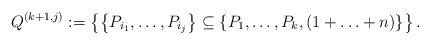
LaTeX: \begin{align*} Q^{(k+1,j)}: =\left \lbrace \left \lbrace P_{i_1}, \ldots, P_{i_{j}} \right \rbrace \subseteq \left \lbrace P_1, \ldots, P_k, (1+\ldots + n )\right \rbrace \right \rbrace .\end{align*}